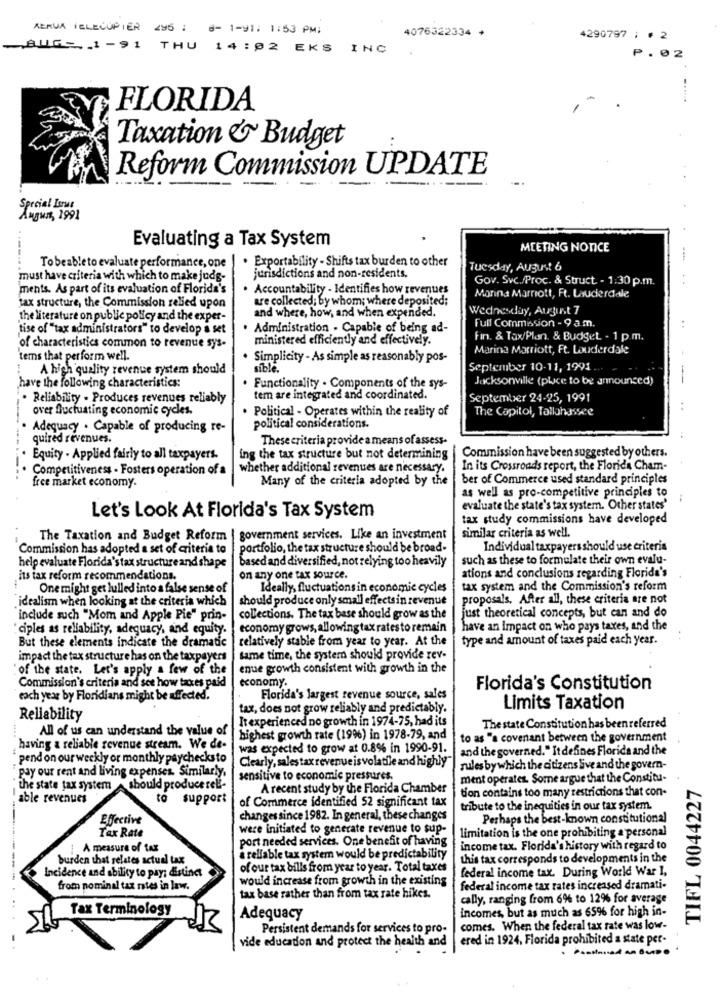
ABRUA TELECOPIER 295 : 8- 1-91: 1:53 PM:
4076322334 +
4290797 ; · 2
AUG- 1 -91 THU 14:02 EKS INC
P.02
FLORIDA
Taxation & Budget
Reform Commission UPDATE
Special Lorus
August, 1991
Evaluating a Tax System
---
MEETING NOTICE
Tobeableto evaluate performance, one
. Exportability - Shifts tax burden to other
Tuesday, August 6
must have criteria with which to make judg-
jurisdictions and non-residents.
Gov. Svc./Proc. & Struct - 1:30 p.m.
ments. As part of its evaluation of Florida's
. Accountability - Identifies how revenues
Manna Marriott, Ft. Lauderdale
are collected; by whom; where deposited;
fax structure, the Commission relied upon
and where, how, and when expended.
Wednesday, August 7
the literature on public policy and the exper-
tise of "tax administrators" to develop a set
. Administration - Capable of being ad-
Full Commission - 9 a.m.
ministered efficiently and effectively.
Fin. & Tax/Plan. & Budget - 1 p.m.
of characteristics common to revenue sys-
Marina Marriott, Ft. Lauderdale
tems that perform well.
Simplicity - As simple as reasonably pos-
A high quality revenue system should
sible.
September 10-11, 1991.
Jacksonville (plice to be announced)
have the following characteristics:
Functionality . Components of the sys-
. Reliability - Produces revenues reliably
tem are integrated and coordinated.
September 24-25, 1991
over fluctuating economic cycles.
. Political - Operates within the reality of
The Capitol, Tallahassee
Adequacy . Capable of producing re-
political considerations.
quired revenues.
These criteria provide a means of assess-
Commission have been suggested by others.
Equity - Applied fairly to all taxpayers.
ing the tax structure but not determining
Competitiveness - Fosters operation of a
whether additional revenues are necessary.
In its Crossroads report, the Florida Cham-
free market economy.
Many of the criteria adopted by the
ber of Commerce used standard principles
as well as pro-competitive principles to
evaluate the state's tax system. Other states'
Let's Look At Florida's Tax System
tax study commissions have developed
The Taxation and Budget Reform
|government services. Like an investment
similar criteria as well.
Commission has adopted a set of criteria to
portfolio, the tax structure should be broad-
Individual taxpayers should use criteria
based and diversified, not relying too heavily
such as these to formulate their own evalu-
help evaluate Florida's tax structure and shape
its tax reform recommendations.
on any one tax source.
ations and conclusions regarding Florida's
One might get lulled into a false sense of
Ideally, fluctuations in economic cycles
tax system and the Commission's reform
idealism when looking at the criteria which
should produce only small effectsin revenue
proposals. After all, these criteria are not
just theoretical concepts, but can and do
include such "Mom and Apple Pie" prin-
collections. The tax base should grow as the
ciples as reliability, adequacy, and equity.
economy grows, allowing tax rates to remain
have an impact on who pays taxes, and the
relatively stable from year to year. At the
type and amount of taxes paid each year.
But these elements indicate the dramatic
impact the tax structure has on the taxpayers
same time, the system should provide rev-
of the state. Let's apply a few of the
enue growth consistent with growth in the
Commission's criteria and see how taxes paid
economy.
Florida's Constitution
each year by Floridians might be affected.
Florida's largest revenue source, sales
tax, does not grow reliably and predictably.
Limits Taxation
Reliability
It experienced no growth in 1974-75, had its
All of us can understand the value of
The state Constitution has been referred
highest growth rate (19%) in 1978-79, and
to as "a covenant between the government
having a reliable revenue stream. We de-
was expected to grow at 0.8% in 1990-91.
and the governed." It defines Florida and the
" pend on our weekly or monthly paychecksto
Clearly, sales tax revenue is volatile and highly"
pay our rent and living expenses. Similarly,
rules by which the citizens Sve and the govern-
sensitive to economic pressures.
ment operates. Some argue that the Constitu-
TIFL 0044227
the state tax system
should produce reli-
A recent study by the Florida Chamber
tion contains too many restrictions that con-
able revenues
to support
of Commerce identified 52 significant tax
tribute to the inequities in our tax system.
Effective
changes since 1982. In general, these changes
Perhaps the best-known constitutional
were initiated to generate revenue to sup-
Tax Rate
port needed services. One benefit of having
limitation is the one prohibiting a personal
A measure of tax
income tax. Florida's history with regard to
burden that relates actual tax
a reliable tax system would be predictability
this tax corresponds to developments in the
of our tax bills from year to year. Total taxes
federal income tax. During World War I,
Incidence and ability to pay; distinct
would increase from growth in the existing
from nominal tax nies in law.
federal income tax rates increased dramati-
tax base rather than from tax rate hikes.
cally, ranging from 6% to 12% for average
Tax Terminology
incomes, but as much as 65% for high in-
Adequacy
Persistent demands for services to pro-
comes. When the federal tax rate was low-
vide education and protect the health and
ered in 1924, Florida prohibited a state per-